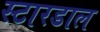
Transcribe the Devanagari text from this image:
स्टारडाल